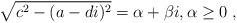
LaTeX: \begin{align*} \sqrt{c^2 - (a-di)^2} = \alpha +\beta i,\alpha\ge 0\;,\end{align*}